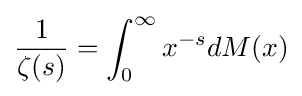
{\frac {1}{\zeta (s)}}=\int _{0}^{\infty }x^{-s}dM(x)